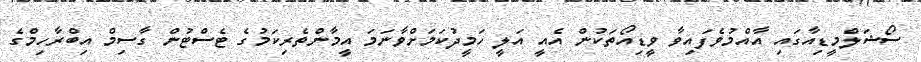
ސޯޝަލްމީޑިއާގައި އާއްމުވެފައިވާ ވީޑިއޯތަކުން އެއީ އަލީ ހަމީދުކަމަށްވާނަމަ އީމާންތެރިކަމުގެ ޓެސްޓުން ގާސިމް އިބްރާހިމްގެ